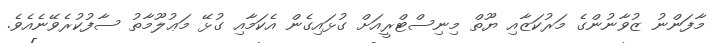
މާފަންނު ޒުވާނުންގެ މަރުކަޒާއި ޔޫތް މިނިސްޓްރީއަށް ގުޅައިގެން އެކަމާއި ގުޅޭ މަޢުލޫމާތު ސާފުކުރެވޭނެއެވެ.